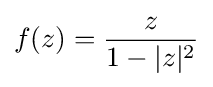
f(z)={\frac {z}{1-|z|^{2}}}